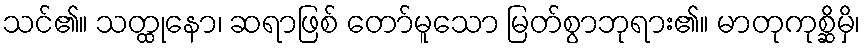
သင်၏။ သတ္ထုနော၊ ဆရာဖြစ် တော်မူသော မြတ်စွာဘုရား၏။ မာတုကုစ္ဆိမှိ၊